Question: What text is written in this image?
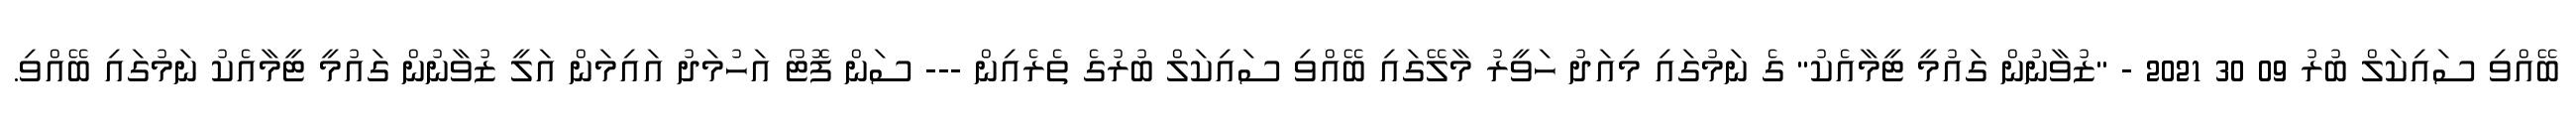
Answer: ބޭއްވި ސައިކަލް ބުރު 09 30 2021 - "ޒުވާނުން ގައުމީ ޓީމާއެކު" ގެ ނަމުގައި މިއަދު ހަވީރު މާލޭގައި ބޭއްވި ސައިކަލް ބުރުގެ ތެރެއިން --- ސަން ފޮޓޯ އަހުމަދު އައިމަން އަލީ ޒުވާނުން ގައުމީ ޓީމާއެކު ނަމުގައި ބޭއްވި.